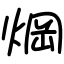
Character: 焵